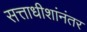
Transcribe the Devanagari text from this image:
सत्ताधीशांनंतर